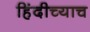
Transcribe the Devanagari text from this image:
हिंदीच्याच